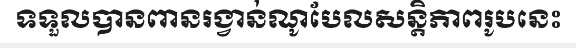
ទទួលបានពានរង្វាន់ណូបែលសន្តិភាពរូបនេះ